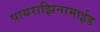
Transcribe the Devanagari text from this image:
पायराझिनामाईड